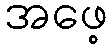
အဖေ့